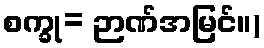
စက္ခု= ဉာဏ်အမြင်။)